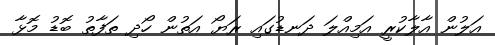
އަލުން އާލާކުރީ އަމިއްލަ ދަނޑުގައި ރަޔޯ އަތުން ހޯދި ތަފާތު ބޮޑު މޮޅާ